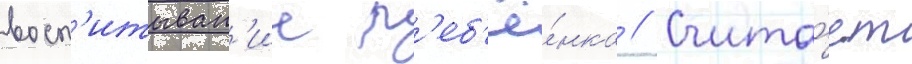
восп'итыван'ие р'еб'ё́нка // Счита́ет